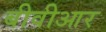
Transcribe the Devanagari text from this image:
बीवीआर